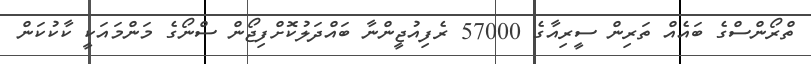
ތްރޯންސްގެ ބައެއް ތަރިން ސީރިއާގެ 57000 ރެފިއުޖީންނާ ބައްދަލުކޮށްފިޖޯން ސްނޯގެ މަންމައަކީ ކާކުކަން